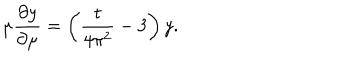
\mu \frac { \partial y } { \partial \mu } = \left( \frac { t } { 4 \pi ^ { 2 } } - 3 \right) y .